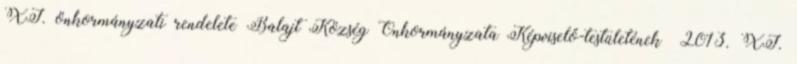
XI. önkormányzati rendelete Balajt Község Önkormányzata Képviselő-testületének 2013. XI.